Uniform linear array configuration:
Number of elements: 48
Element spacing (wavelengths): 0.25
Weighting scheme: kaiser
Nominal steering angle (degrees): -30
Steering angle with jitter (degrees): -30.467
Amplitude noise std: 0.05
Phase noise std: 0.05

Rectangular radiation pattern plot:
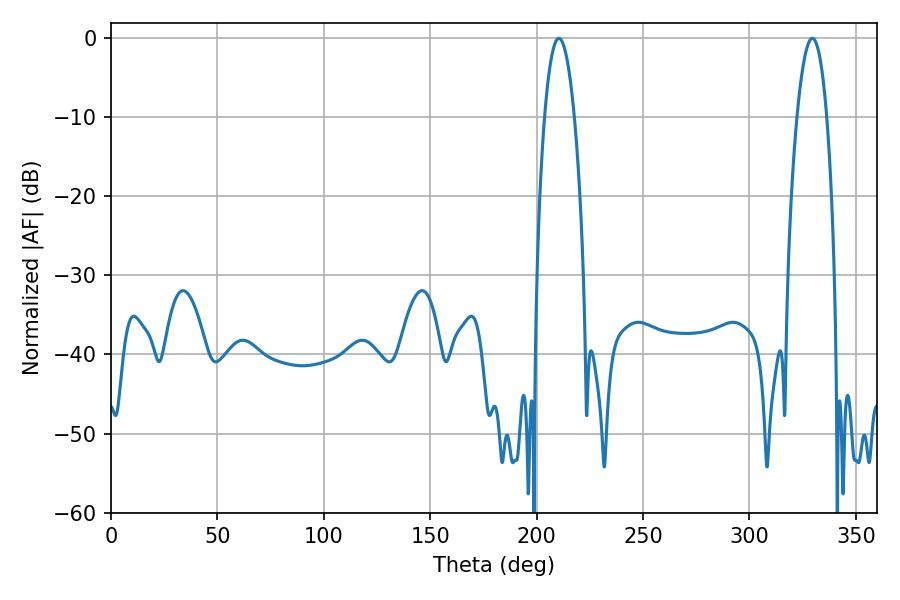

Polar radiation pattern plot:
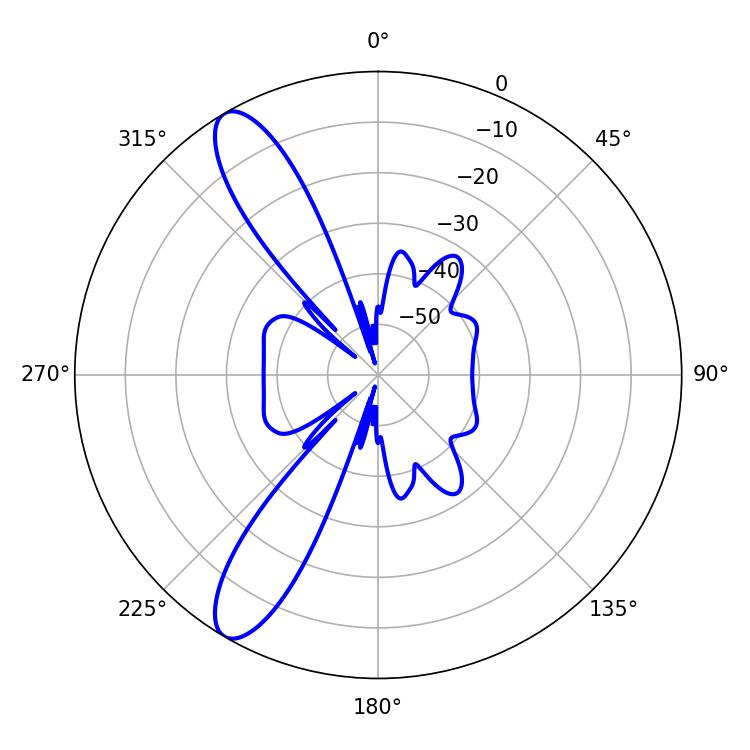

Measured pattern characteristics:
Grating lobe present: FALSE
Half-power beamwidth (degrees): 7.74
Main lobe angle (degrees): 210.42